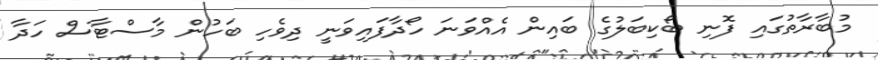
މުބާރާތުގައި ފޮނި ބޯކިބަލުގެ ބައިން އެއްވަނަ ހޯދާފައިވަނީ ދިވެހި ބަހުން މާސްޓާސް ހަދާ